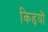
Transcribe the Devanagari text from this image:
किड़यों